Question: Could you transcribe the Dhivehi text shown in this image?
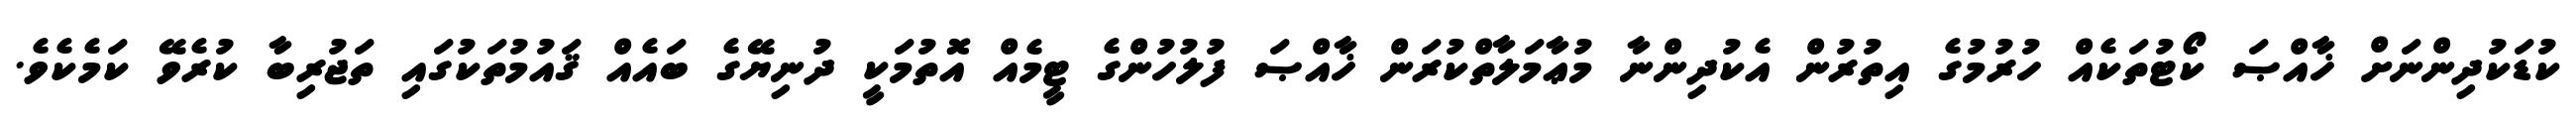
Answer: ކުޑަކުދިންނަށް ޚާއްޞަ ކޯޓުތަކެއް ހުރުމުގެ އިތުރުން އެކުދިންނާ މުޢާމަލާތްކުރަން ޚާއްޞަ ފުލުހުންގެ ޓީމެއް އޮތުމަކީ ދުނިޔޭގެ ބައެއް ޤައުމުތަކުގައި ތަޖުރިބާ ކުރެވޭ ކަމެކެވެ.